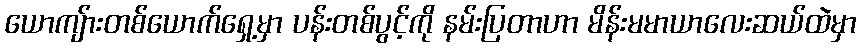
ယောကျ်ားတစ်ယောက်ရှေ့မှာ ပန်းတစ်ပွင့်ကို နမ်းပြတာဟာ မိန်းမမာယာလေးဆယ်ထဲမှာ